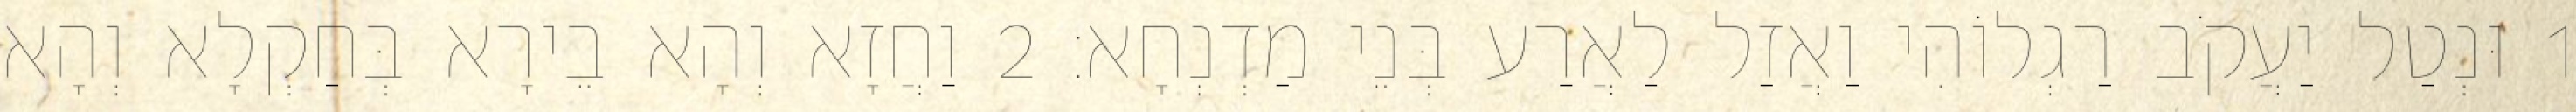
1 וּנְטַל יַעֲקֹב רַגְלוֹהִי וַאֲזַל לַאֲרַע בְּנֵי מַדְנְחָא׃ 2 וַחֲזָא וְהָא בֵירָא בְּחַקְלָא וְהָא